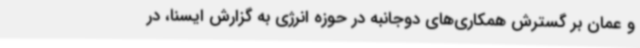
و عمان بر گسترش همکاری‌های دوجانبه در حوزه انرژی به گزارش ایسنا، در